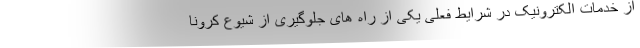
از خدمات الکترونیک در شرایط فعلی یکی از راه های جلوگیری از شیوع کرونا